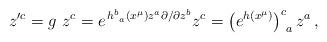
LaTeX: \begin{align*} z^{\prime c}=g~ z^c =e^{\,h^b_{~a}(x^{\mu})z^a\partial/\partial z^b} z^c = \left(e^{h(x^{\mu})}\right)^c_{~a} z^a\, ,\end{align*}